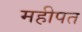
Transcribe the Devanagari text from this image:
महीपत